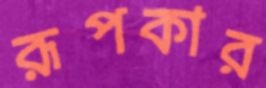
রূপকার